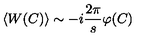
\langle W ( C ) \rangle \sim - i \frac { 2 \pi } { s } \varphi ( C )